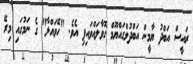
ރައީސް އަބްދު ޔާމީން އަބްދުލްގައްޔޫމް ގޮވާލައްވައިފި އެވެ. "ހޭވައްލާ" ގެ ނަމުގައި މިރޭ